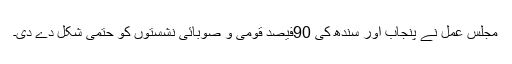
مجلس عمل نے پنجاب اور سندھ کی 90فیصد قومی و صوبائی نشستوں کو حتمی شکل دے دی۔